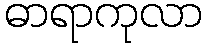
ဓာရာကုလာ